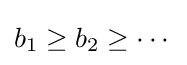
b_{1}\geq b_{2}\geq \dotsb